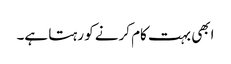
ابھی بہت کام کرنے کو رہتا ہے۔